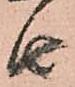
由